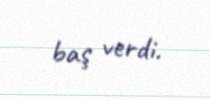
baş verdi.